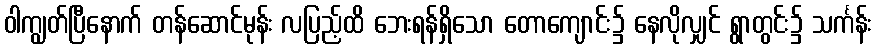
ဝါကျွတ်ပြီနောက် တန်ဆောင်မုန်း လပြည့်ထိ ဘေးရန်ရှိသော တောကျောင်း၌ နေလိုလျှင် ရွာတွင်း၌ သင်္ကန်း